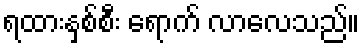
ရထားနှစ်စီး ရောက် လာလေသည်။